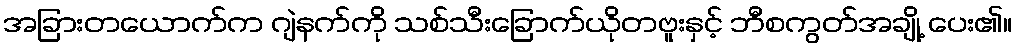
အခြားတယောက်က ဂျဲနက်ကို သစ်သီးခြောက်ယိုတဗူးနှင့် ဘီစကွတ်အချို့ ပေး၏။